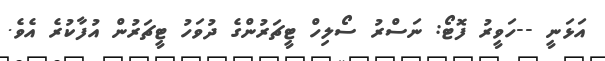
އަޅަނީ --ހަވީރު ފޮޓޯ: ނަސްރު ސޯލިހް ޓީޗަރުންގެ ދުވަހު ޓީޗަރުން އުފާކުރެ އެވެ.